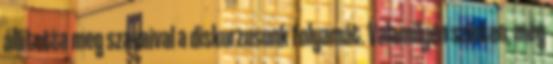
állította meg szavaival a diskurzusunk folyamát. Valamilyen szinten, még